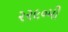
૨૨૯૦મી